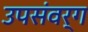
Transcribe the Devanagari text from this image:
उपसंवर्ग